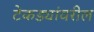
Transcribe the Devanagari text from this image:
टेकड्यांवरील